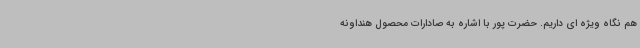
هم نگاه ویژه ای داریم. حضرت پور با اشاره به صادارات محصول هنداونه